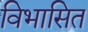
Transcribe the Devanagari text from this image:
विभासित